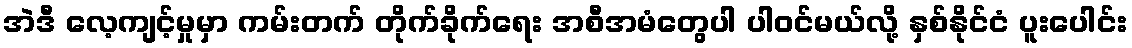
အဲဒီ လေ့ကျင့်မှုမှာ ကမ်းတက် တိုက်ခိုက်ရေး အစီအမံတွေပါ ပါဝင်မယ်လို့ နှစ်နိုင်ငံ ပူးပေါင်း